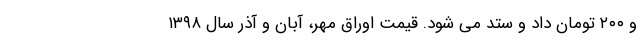
و ۲۰۰ تومان داد و ستد می شود. قیمت اوراق مهر، آبان و آذر سال ۱۳۹۸